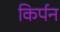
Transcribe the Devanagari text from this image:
किर्पन